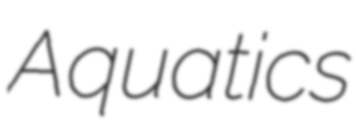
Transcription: Aquatics